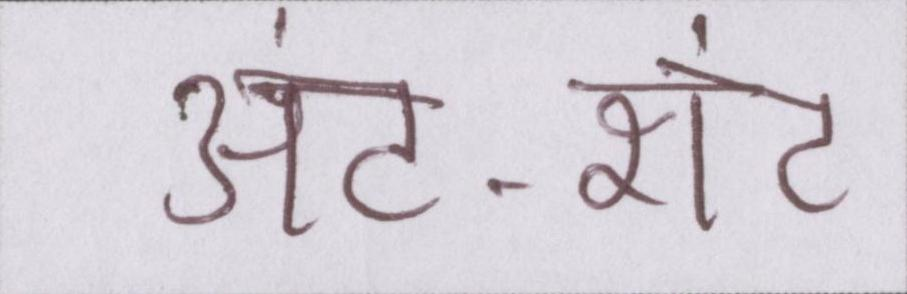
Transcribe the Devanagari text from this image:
अंट-शंट